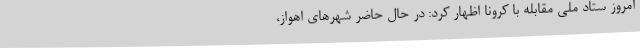
امروز ستاد ملی مقابله با کرونا اظهار کرد: در حال حاضر شهرهای اهواز،